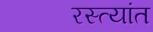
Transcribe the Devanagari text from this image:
रस्त्यांत